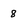
Character: 8